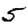
Digit: 5